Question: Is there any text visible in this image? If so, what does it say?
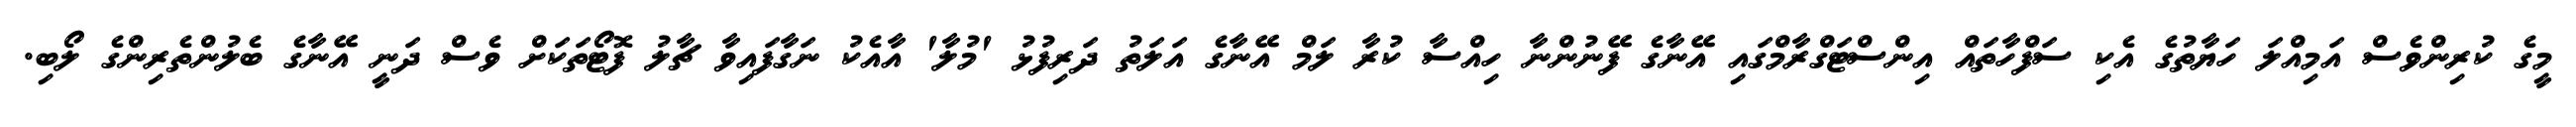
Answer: މީގެ ކުރިންވެސް އަމިއްލަ ހަޔާތުގެ އެކި ސަފްހާތައް އިންސްޓަގްރާމްގައި އޭނާގެ ފޭނުންނާ ހިއްސާ ކުރާ ލަމް އޭނާގެ އަލަތު ދަރިފުޅު 'މުލާ' އާއެކު ނަގާފައިވާ ޗާލު ފޮޓޯތަކަށް ވެސް ދަނީ އޭނާގެ ބެލުންތެރިންގެ ލޯބި.